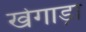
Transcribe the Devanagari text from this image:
खेगाड़ा